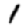
Digit: 1